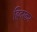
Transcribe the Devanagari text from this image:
हिवरकर